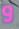
و